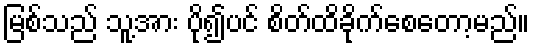
မြစ်သည် သူ့အား ပို၍ပင် စိတ်ထိခိုက်စေတော့မည်။